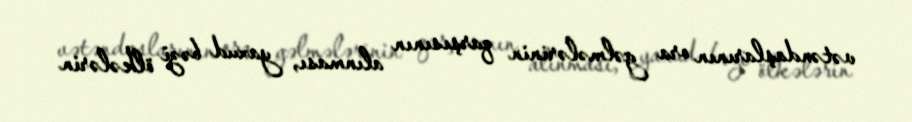
vətəndaşlarının ora gəlmələrinin qarşısının alınması, yaxud bəzi ölkələrin